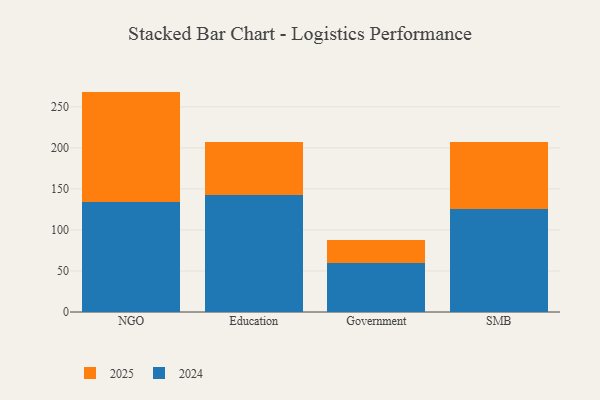
{"axis": {"x": "Segment", "y": "Net Income (USD K)"}, "legend": ["2024", "2025"], "data": [{"x": "NGO", "y": 134.0, "type": "2025"}, {"x": "NGO", "y": 134.6, "type": "2024"}, {"x": "Education", "y": 64.2, "type": "2025"}, {"x": "Education", "y": 143.0, "type": "2024"}, {"x": "Government", "y": 27.4, "type": "2025"}, {"x": "Government", "y": 60.0, "type": "2024"}, {"x": "SMB", "y": 81.7, "type": "2025"}, {"x": "SMB", "y": 126.0, "type": "2024"}]}